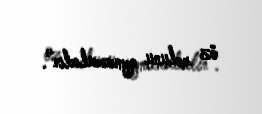
öz rolunu oynamalıdır".